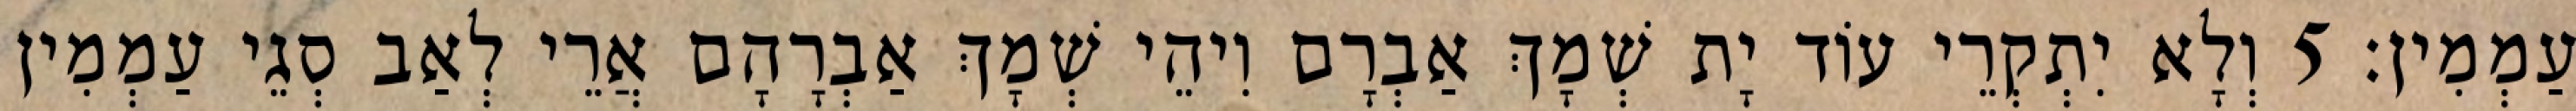
עַמְמִין׃ 5 וְלָא יִתְקְרֵי עוֹד יָת שְׁמָךְ אַבְרָם וִיהֵי שְׁמָךְ אַבְרָהָם אֲרֵי לְאַב סְגֵי עַמְמִין